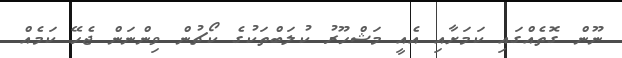
ނޫން ގޮތެއްގައި ކަމަށާއި އެއީ މަޝްހޫރު ކުލަބްތަކުގެ ކޯޗުން ވިންނަން ޖެހޭ ކަމެއް